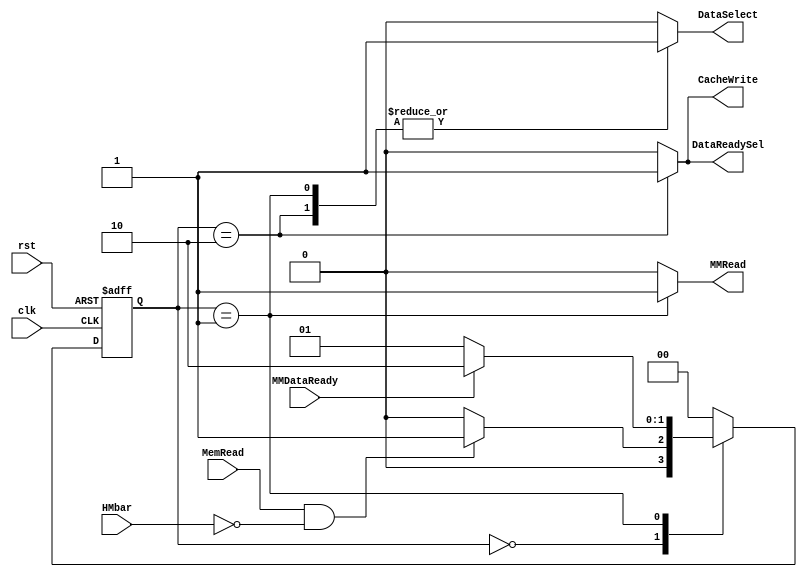
module StateMachine(clk, rst, MemRead, HMbar, MMDataReady, MMRead, CacheWrite, DataSelect, DataReadySel);
input clk;
input rst;
input MemRead;
input HMbar;
input MMDataReady;
output reg MMRead;
output reg CacheWrite;
output reg DataSelect;
output reg DataReadySel;

	reg [1:0]ps, ns;
	parameter [1:0]CACHE_READ = 2'b00, WAIT_FOR_MAIN_MEMORY = 2'b01, WRITE_TO_CACHE_AND_SEND_DATA = 2'b10;

	always@(ps or MemRead or HMbar or MMDataReady) begin
		ns = CACHE_READ;
		case(ps)
			CACHE_READ : ns = (MemRead & ~HMbar) ? WAIT_FOR_MAIN_MEMORY : CACHE_READ;
			WAIT_FOR_MAIN_MEMORY : ns = MMDataReady ? WRITE_TO_CACHE_AND_SEND_DATA : WAIT_FOR_MAIN_MEMORY;
			WRITE_TO_CACHE_AND_SEND_DATA : ns = CACHE_READ;
			default : ns = CACHE_READ;
		endcase
	end

	always@(ps) begin
		{MMRead, CacheWrite, DataSelect, DataReadySel} = 4'b0000;
		case(ps)
			//no change for CACHE_READ
			WAIT_FOR_MAIN_MEMORY : {MMRead, DataSelect} = 2'b11;
			WRITE_TO_CACHE_AND_SEND_DATA : {CacheWrite, DataSelect, DataReadySel} = 3'b111;
			default : {MMRead, CacheWrite, DataSelect, DataReadySel} = 4'b0000;
		endcase
	end

	always@(posedge clk or posedge rst) begin
		if (rst) ps <= CACHE_READ;
		else ps <= ns;
	end

endmodule